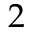
2